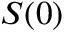
S ( 0 )